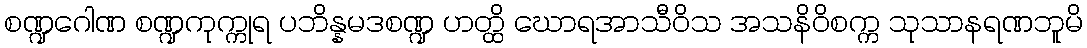
စဏ္ဍဂေါဏ စဏ္ဍကုက္ကုရ ပဘိန္နမဒစဏ္ဍ ဟတ္ထိ ဃောရအာသီဝိသ အသနိဝိစက္က သုသာနရဏဘူမိ